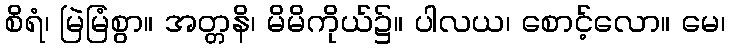
စိရံ၊ မြဲမြံစွာ။ အတ္တနိ၊ မိမိကိုယ်၌။ ပါလယ၊ စောင့်လော။ မေ၊